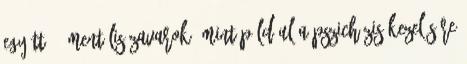
együtt. - Mentális zavarok, mint például a pszichózis kezelésére